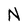
Character: N